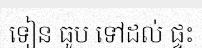
ទៀន ធូប ទៅដល់ ផ្ទះ